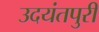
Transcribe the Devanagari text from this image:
उदयंतपुरी